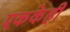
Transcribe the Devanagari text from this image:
एककेही